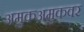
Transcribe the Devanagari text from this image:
अमुकअमुकवर